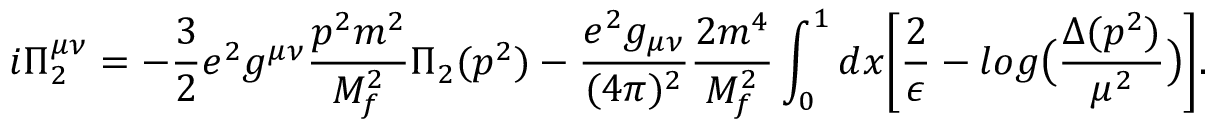
i \Pi _ { 2 } ^ { \mu \nu } = - \frac { 3 } { 2 } e ^ { 2 } g ^ { \mu \nu } \frac { p ^ { 2 } m ^ { 2 } } { M _ { f } ^ { 2 } } \Pi _ { 2 } ( p ^ { 2 } ) - \frac { e ^ { 2 } g _ { \mu \nu } } { ( 4 \pi ) ^ { 2 } } \frac { 2 m ^ { 4 } } { M _ { f } ^ { 2 } } \int _ { 0 } ^ { 1 } d x \biggl [ \frac { 2 } { \epsilon } - l o g \bigl ( \frac { \Delta ( p ^ { 2 } ) } { \mu ^ { 2 } } \bigr ) \biggr ] .